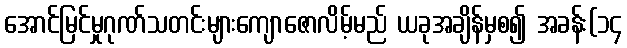
အောင်မြင်မှုဂုဏ်သတင်းများကျောဇောလိမ့်မည် ယခုအချိန်မှစ၍ အခန်း(၁၄